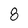
Character: 8